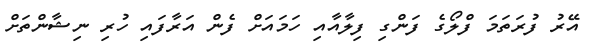
އޭރު ފުރަތަމަ ފްލޯގެ ފަންގި ފިލާއާއި ހަމައަށް ފެން އަރާފައި ހުރި ނިޝާންތަށް